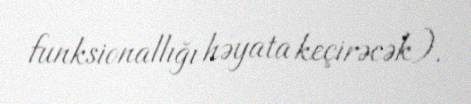
funksionallığı həyata keçirəcək).